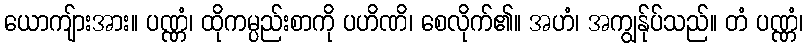
ယောကျ်ားအား။ ပဏ္ဏံ၊ ထိုကမ္ပည်းစာကို ပဟိဏိ၊ စေလိုက်၏။ အဟံ၊ အကျွန်ုပ်သည်။ တံ ပဏ္ဏံ၊